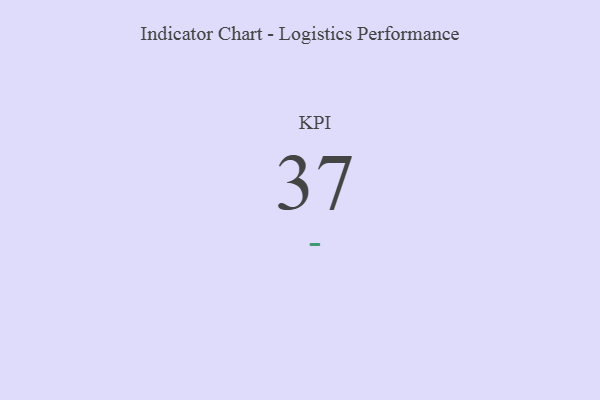
{"axis": {"x": "KPI", "y": "Value"}, "legend": [""], "data": [{"x": "KPI", "y": 37, "type": ""}]}